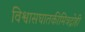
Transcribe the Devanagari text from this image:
विश्वासघातकीमित्रद्रोही